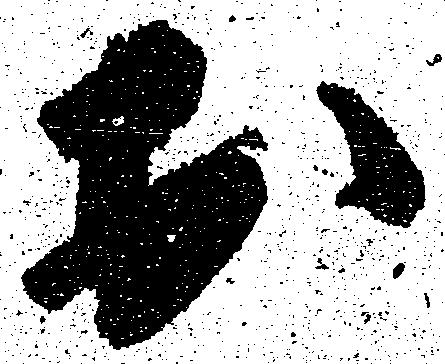
於